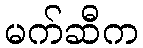
မက်ဆီက